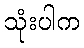
သုံးပါက